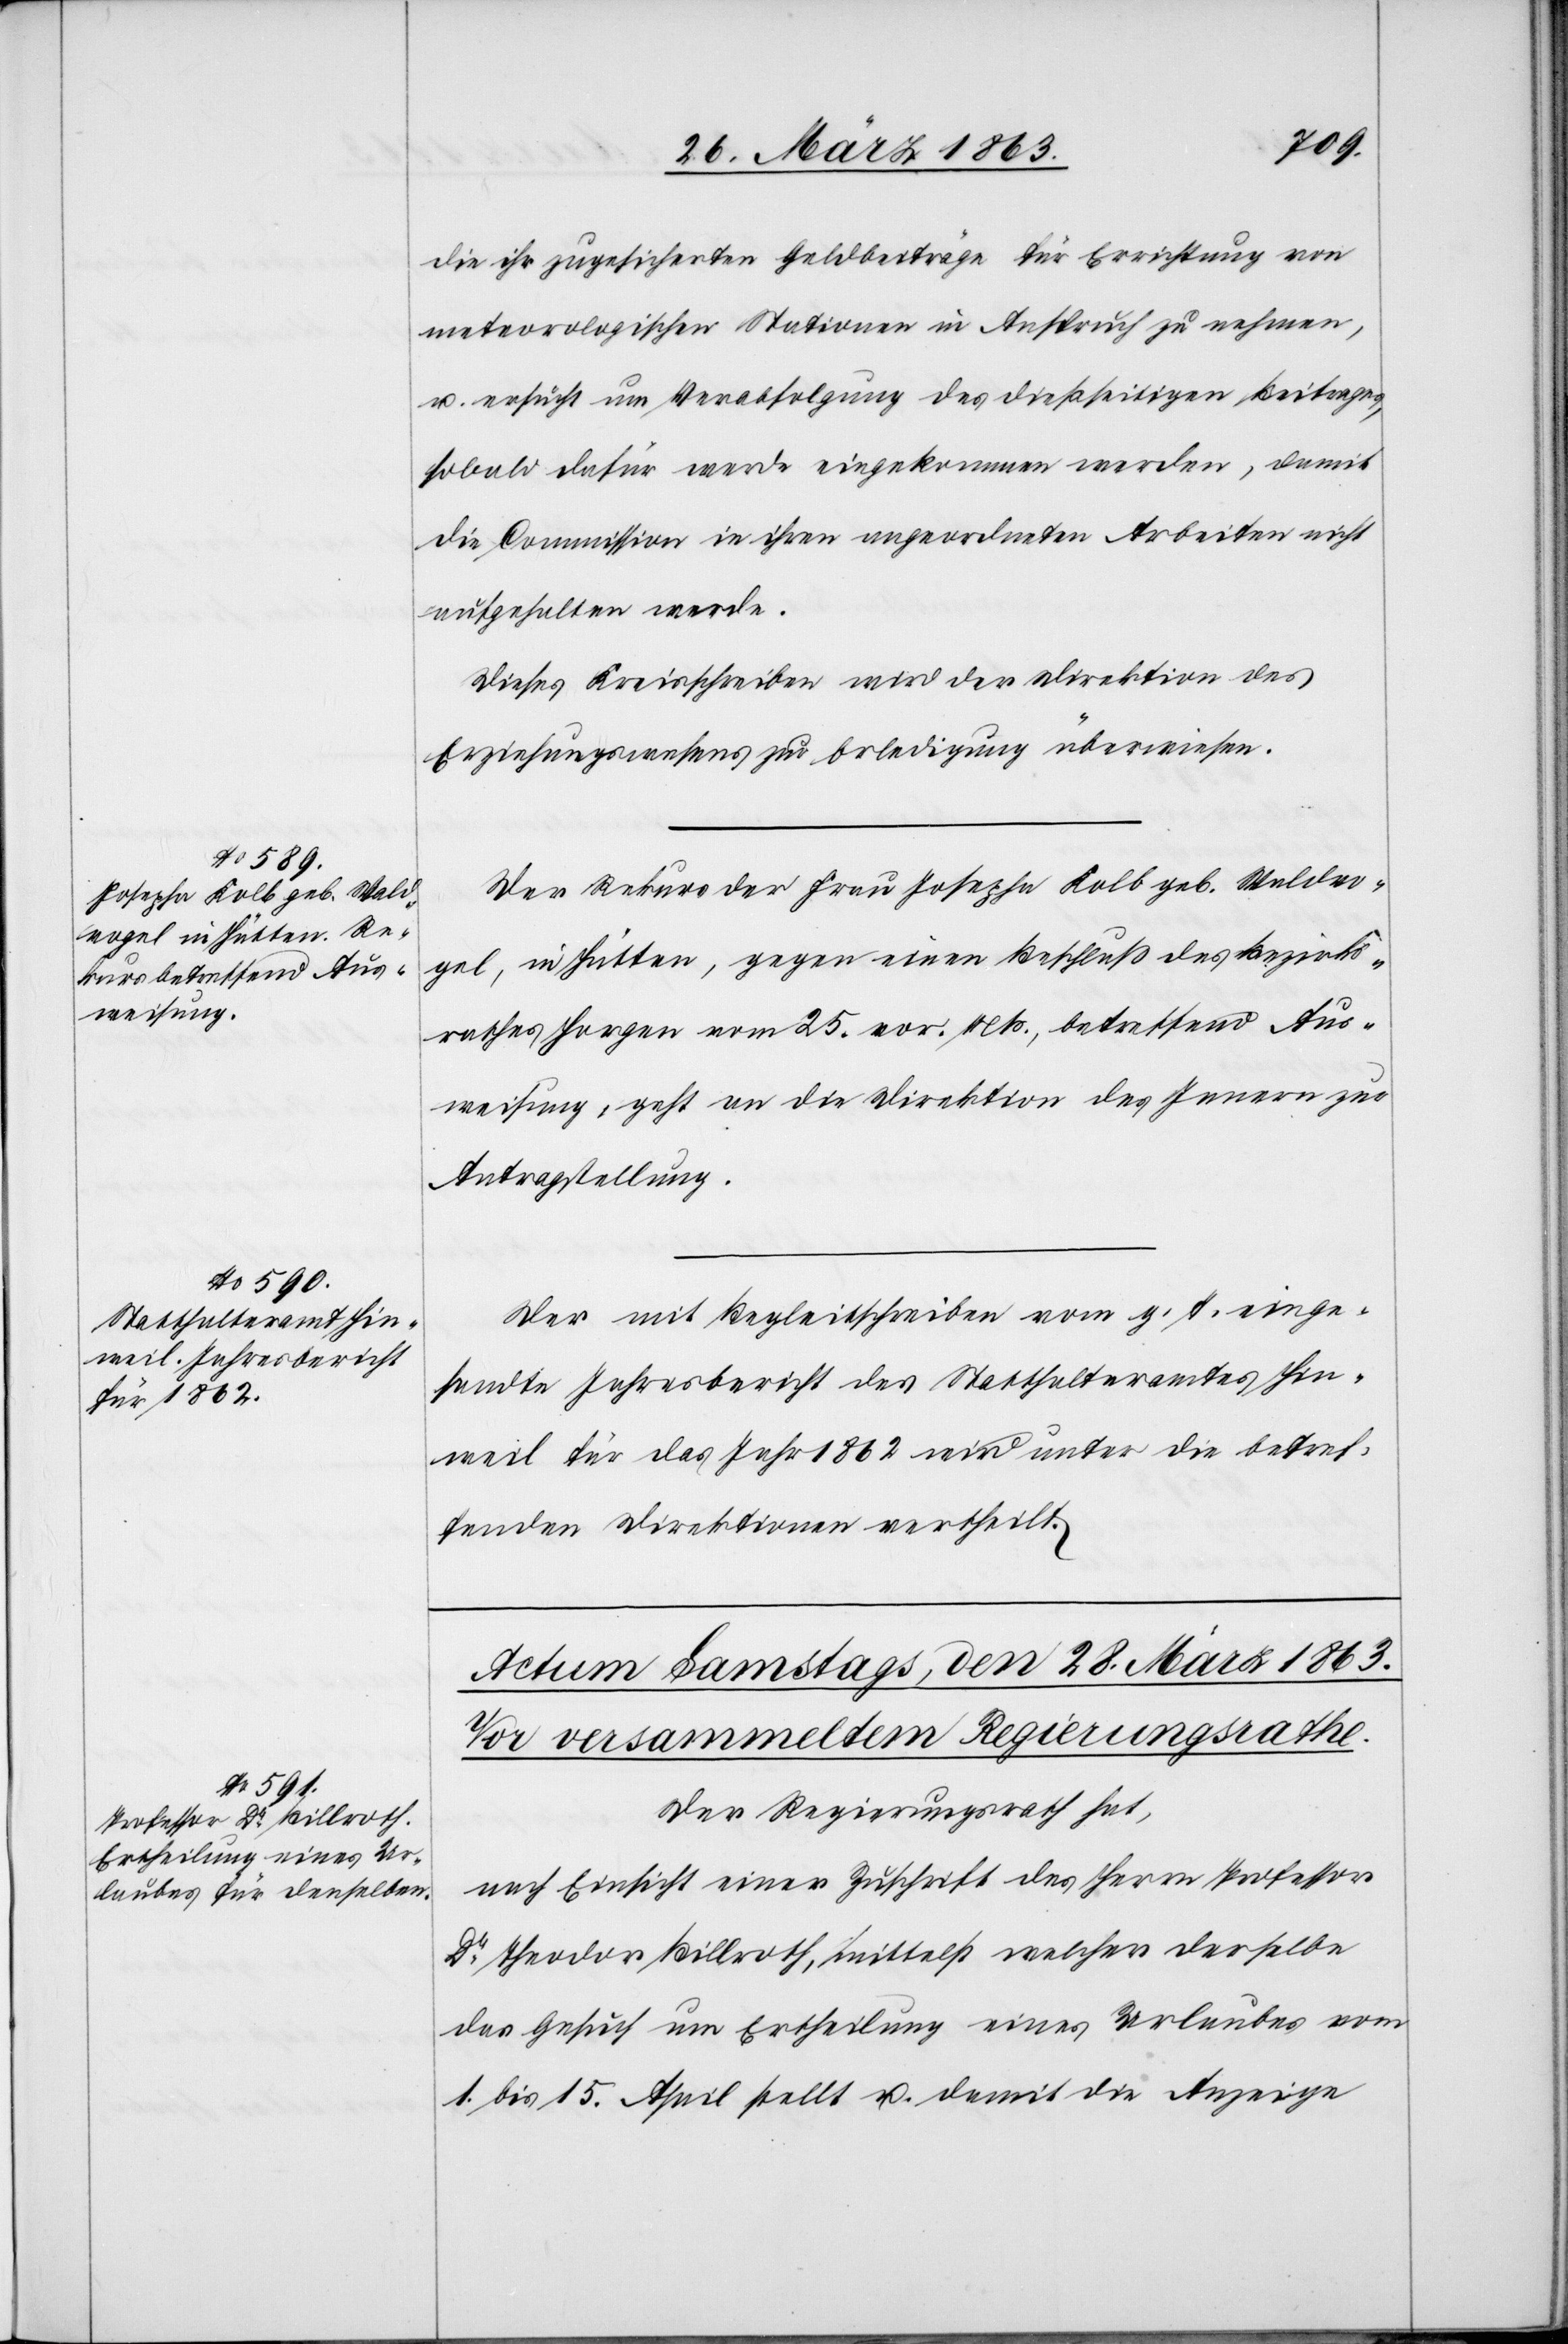
27. März 1863.]
die ihr zugesicherten Geldbeiträge für Errichtung von
meteorologischen Stationen in Anspruch zu nehmen,
u. ersucht um Verabfolgung des dießseitigen Beitrages,
sobald dafür werde eingekommen werden, damit
die Commission in ihren angeordneten Arbeiten nicht
aufgehalten werde.
Dieses Kreisschreiben wird der Direktion des
Erziehungswesens zur Erledigung überwiesen.
Der Rekurs der Frau Josepha Kolb geb. Waldvo¬
gel, in Hütten, gegen einen Beschluß des Bezirks¬
rathes Horgen vom 25. vor. Mts., betreffend Aus¬
weisung, geht an die Direktion des Innern zur
Antragstellung.
Der mit Begleitschreiben vom g. T. einge¬
sandte Jahresbericht des Statthalteramtes Hin¬
weil für das Jahr 1862 wird unter die betref¬
fenden Direktionen vertheilt.
Der Regierungsrath hat,
nach Einsicht einer Zuschrift des Herrn Professor
Dr Theodor Billroth, mittelst welcher derselbe
das Gesuch um Ertheilung eines Urlaubes vom
1. bis 15. April stellt u. damit die Anzeige